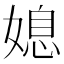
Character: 媳